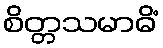
စိတ္တသမာဓိံ